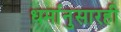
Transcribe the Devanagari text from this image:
धर्मानुसारही